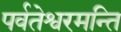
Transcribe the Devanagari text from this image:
पर्वतेश्वरमन्ति